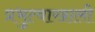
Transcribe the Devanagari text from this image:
प्रभुत्वाखाली